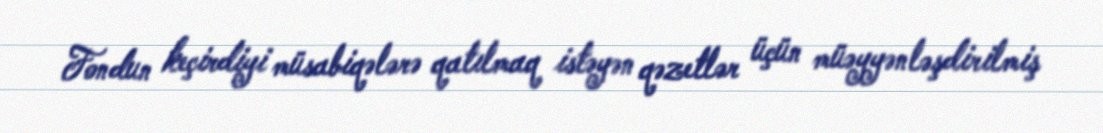
Fondun keçirdiyi müsabiqələrə qatılmaq istəyən qəzetlər üçün müəyyənləşdirilmiş